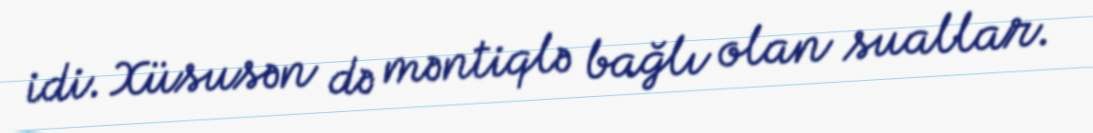
idi. Xüsusən də məntiqlə bağlı olan suallar.